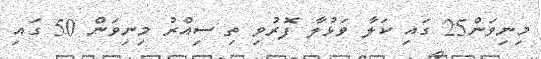
މިނިވަން25 ގައި ކަލާ ވަޅުލާ ފޮރުވި ތި ސިއްރު މިނިވަން 50 ގައި